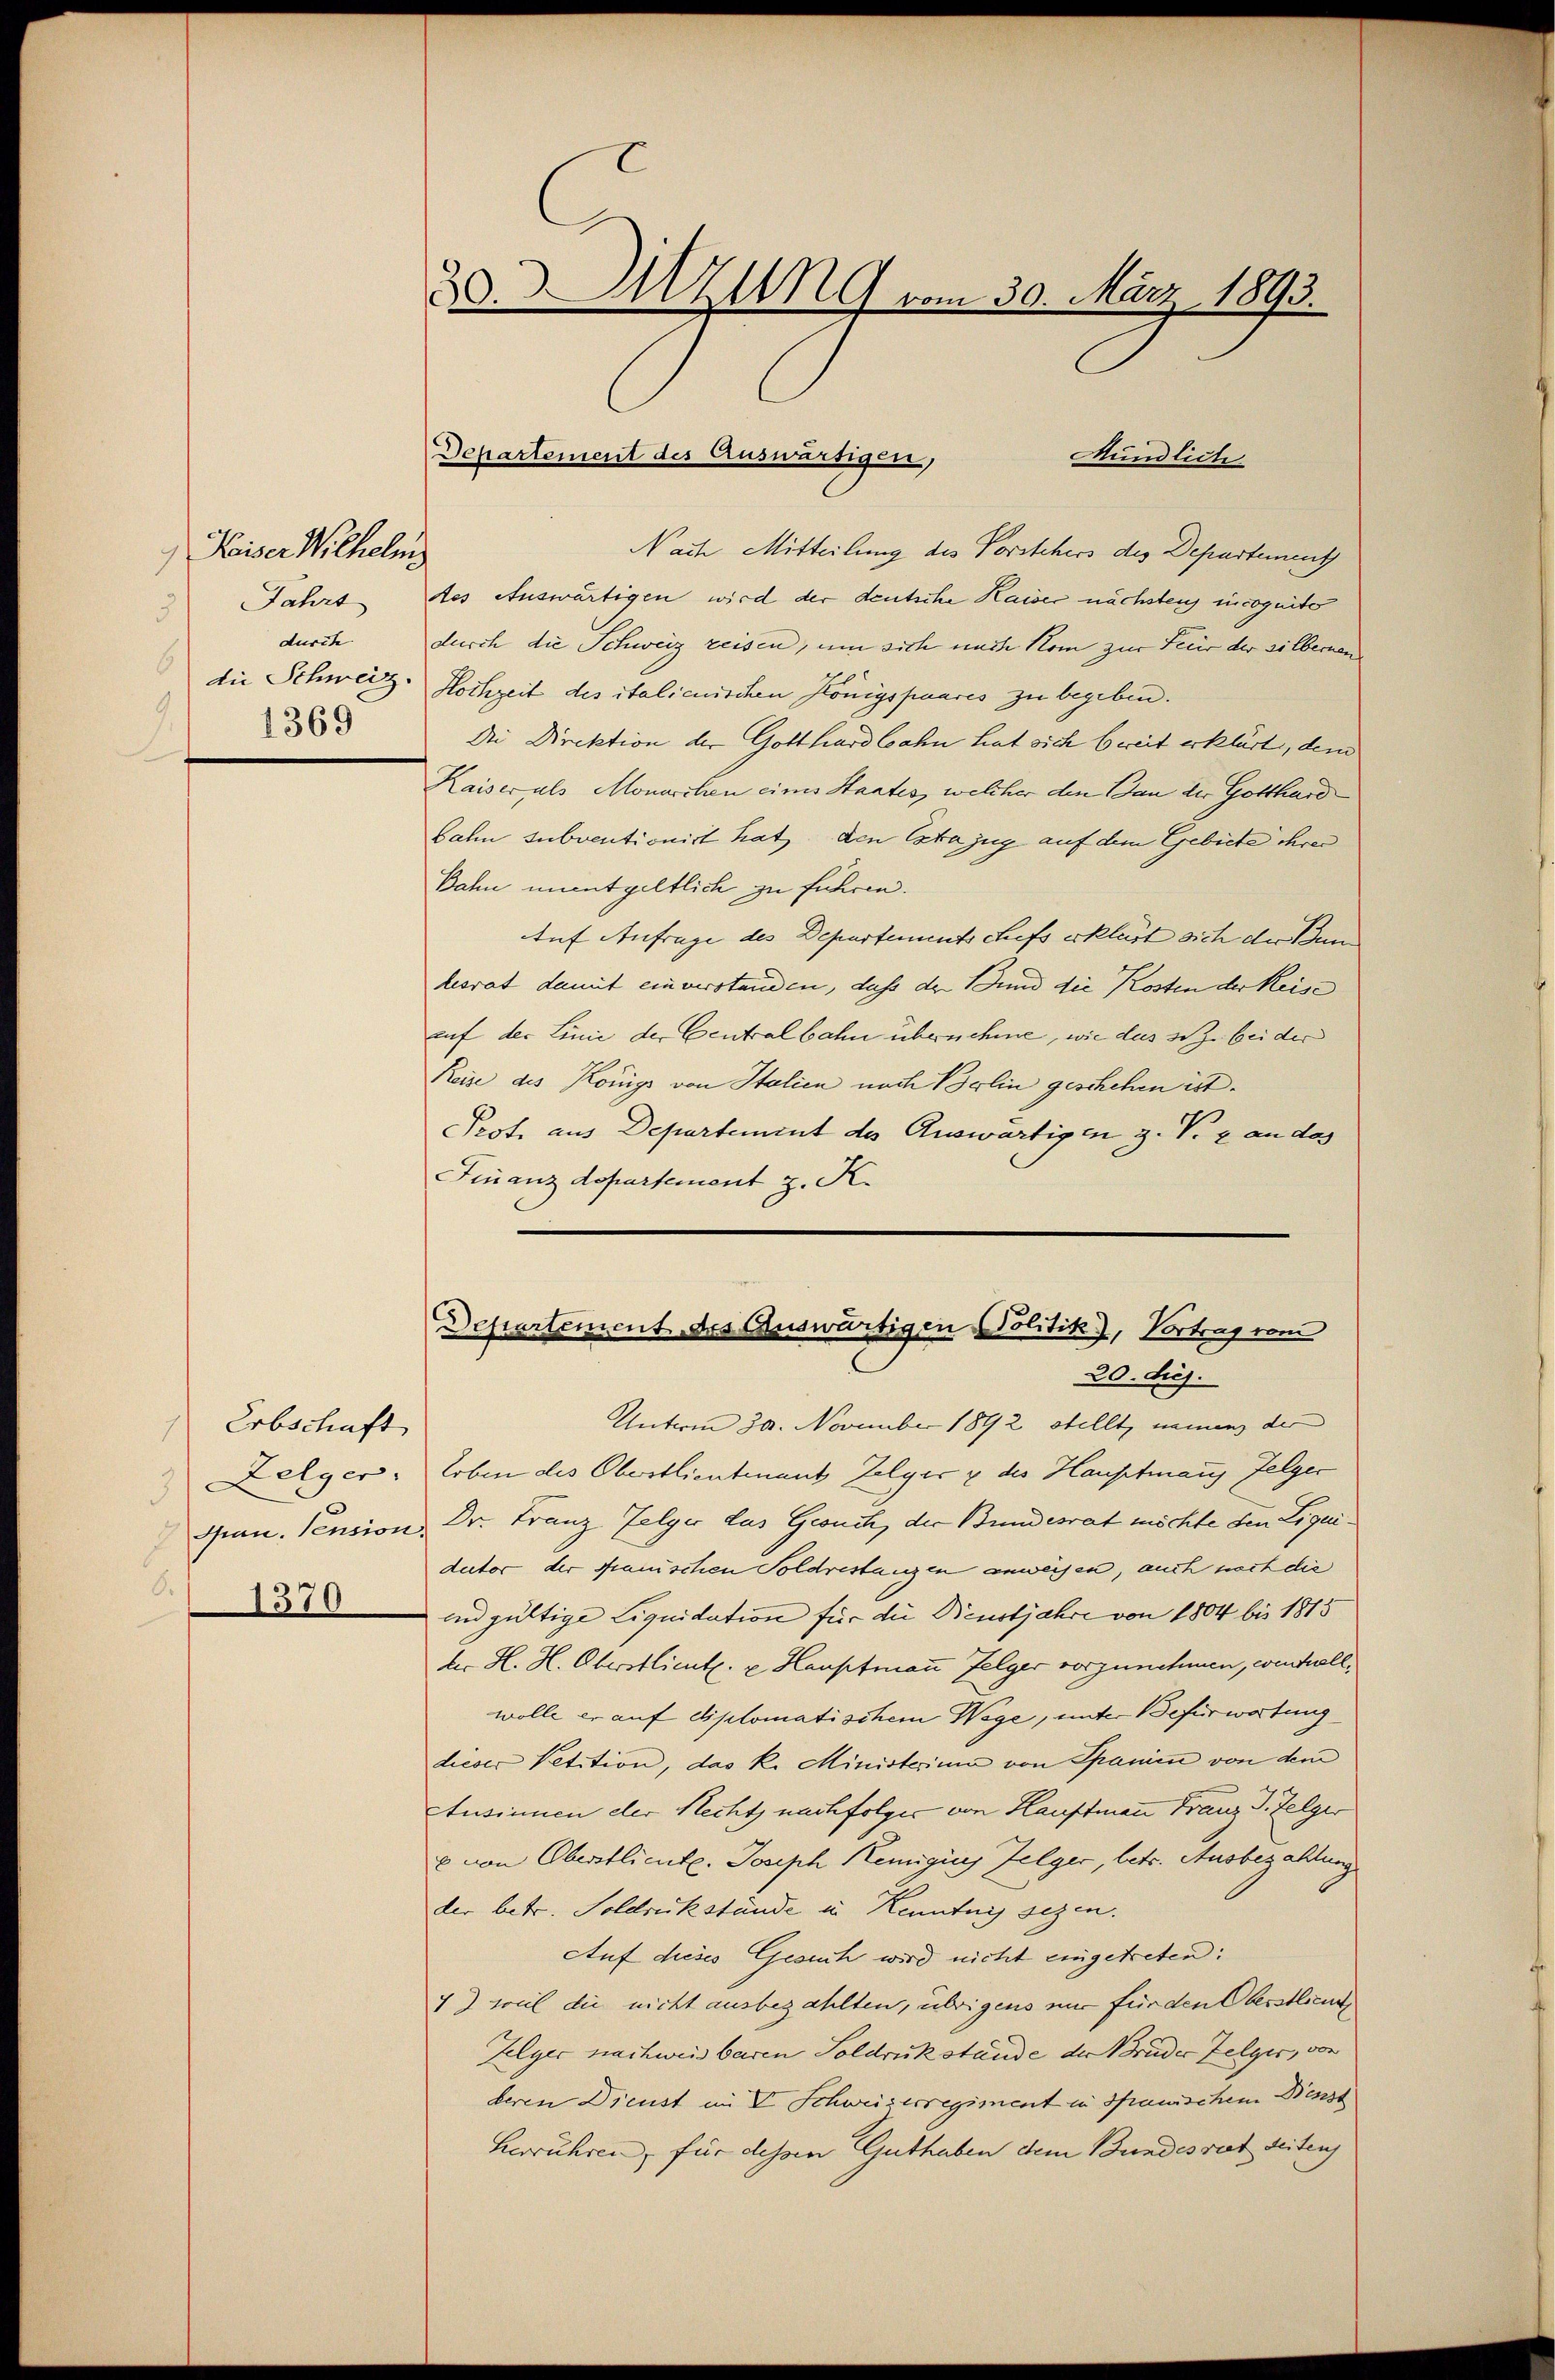
Kaiser Wilhelms
 Fahrt
durch
1369

Erbschaft
1
3
8.
1370

20Mzung vom 30. März 1893.

Nach Mitteilung des Vorstehers des Departement
des Auswärtigen wird der deutsche Kaiser nächstens incogniter
durch die Schweiz reisen, um sich nach Kom zur Feier der silberen
die Schweiz. Hochzeit des italienischen Königspaares zu begeben.
Die Direktion der Gotthardbahn hat sich bereit erklärt, dem
Kaiser als Monarchen eines Staates, welcher den Bau der Gotthard
bahn subventionist hat den Estajug auf dem Gebiete ihrer
Bahn unentgeltlich zu führen.
Auf Anfrage des Departementschefs erklärt sich der Bundesrat damit einverstanden, daß der Bund die Kosten der Keise
auf der Linie der Centralbahn übernehme, wie das s Z. bei der
Reise des Königs von Italien nach Brlin geschehen ist.
Prof. aus Departement des Auswärtigen z. V. 2 an des
Finanzdepartement z. K.

Departement des Auswärtigen,
Mündliche

Departement des Auswärtigen Politik), Vortrag vom
20. diej

Unterm 30. November 1892 stellt, namen der
Zelger Erben des Oberstlieutenant Zelger & des Hauptmanz felger
Gran. Pension, Dr. Franz Zelger das Gesuch, der Bundesrat möchte den Liquidector der spanischen Soldrestanzen anweisen, auch noch die
unnd gültige Liquidation für die Dienstjahre von 1804 bis 1815
ter H. H. Oberstlieut. v. Hauptmann Folger vorzunehmen, weit vollwolle er auf diplomatischem Wege, unter Befürwortung
dieser Petition, das k. Ministerium von Spanien von dem
Atusinnen der Rechts nachfolger von Hauptmann Franz J. Zelger
 von Oberstlieut. Joseph Remigiis Zelger, betr. Ausbezahlung
der betr. Soldrückstände in Kenntnis sezen.
Auf dieses Gesuch wird nicht eingetreten:
7) weil die nicht ausbezahlten, übrigens nur für den Oberstlieut
Zelger nachweis baren Soldrükstände der Bruder Zelger, von
beren Dienst im V. Schweizerregiment in spanischem Dienst
Lerrühren, für dessen Guthaben dem Bundesrat seiten